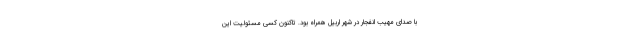
با صدای مهیب انفجار در شهر اربیل همراه بود. تاکنون کسی مسئولیت این